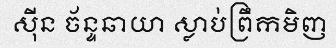
ស៊ីន ច័ន្ទឆាយា ស្លាប់ព្រឹកមិញ